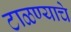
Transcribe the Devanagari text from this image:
टाळण्याचे